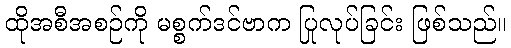
ထိုအစီအစဉ်ကို မစ္စက်ဒင်ဗာက ပြုလုပ်ခြင်း ဖြစ်သည်။